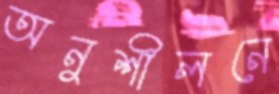
অনুশীলনে